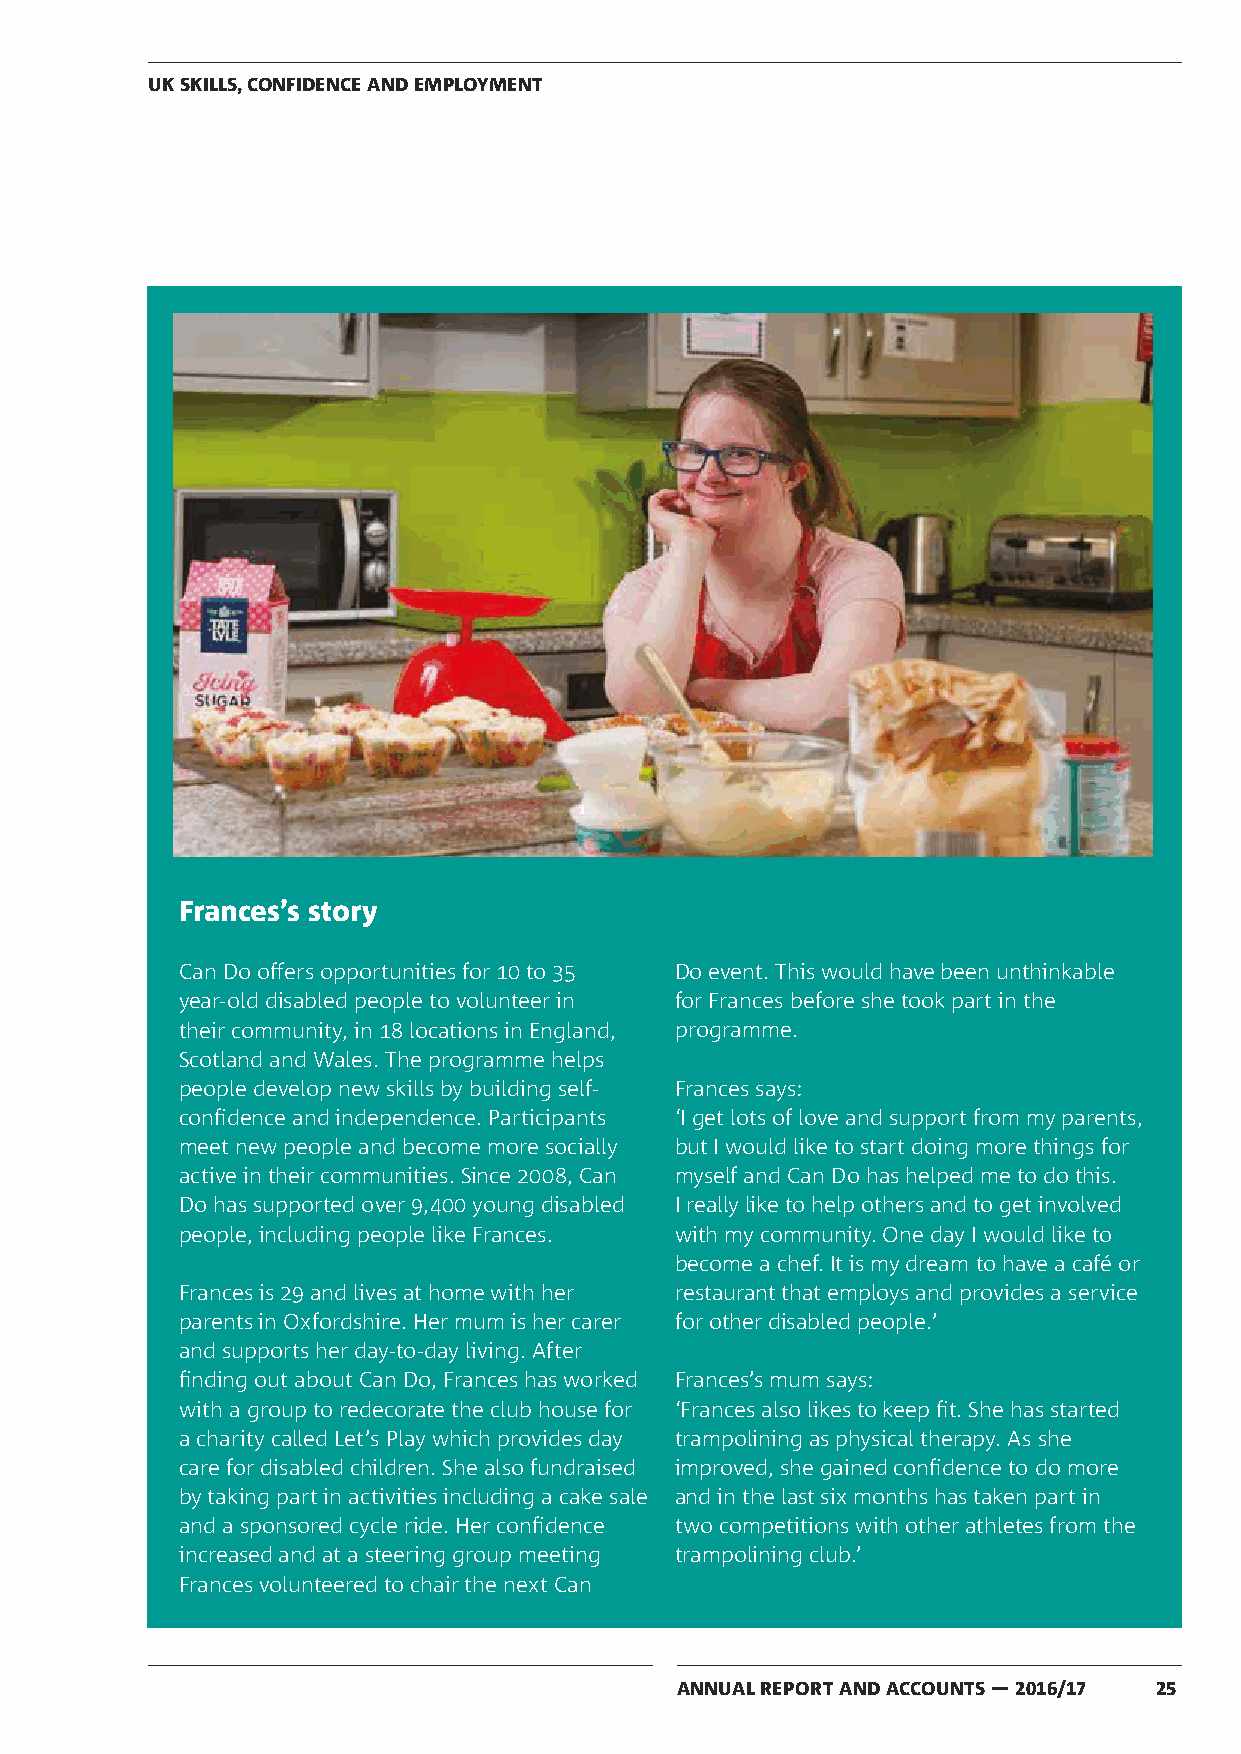
UK SKILLS, CONFIDENCE AND EMPLOYMENT
 Frances’s story
 Can Do offers opportunities for 10 to 35 Do event. This would have been unthinkable
 year-old disabled people to volunteer in for Frances before she took part in the
 their community, in 18 locations in England, programme.
 Scotland and Wales. The programme helps
 people develop new skills by building self- Frances says:
 confidence and independence. Participants ‘I get lots of love and support from my parents,
 meet new people and become more socially but I would like to start doing more things for
 active in their communities. Since 2008, Can myself and Can Do has helped me to do this.
 Do has supported over 9,400 young disabled I really like to help others and to get involved
 people, including people like Frances. with my community. One day I would like to
 become a chef. It is my dream to have a café or
 Frances is 29 and lives at home with her restaurant that employs and provides a service
 parents in Oxfordshire. Her mum is her carer for other disabled people.’
 and supports her day-to-day living. After
 finding out about Can Do, Frances has worked Frances’s mum says:
 with a group to redecorate the club house for ‘Frances also likes to keep fit. She has started
 a charity called Let’s Play which provides day trampolining as physical therapy. As she
 care for disabled children. She also fundraised improved, she gained confidence to do more
 by taking part in activities including a cake sale and in the last six months has taken part in
 and a sponsored cycle ride. Her confidence two competitions with other athletes from the
 increased and at a steering group meeting trampolining club.’
 Frances volunteered to chair the next Can
 ANNUAL REPORT AND ACCOUNTS — 2016/17 25